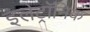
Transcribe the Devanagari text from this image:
इलेट्रॉनिक